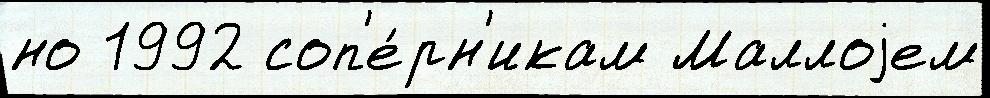
но 1992 соп'е́рн'икам Маллоjем